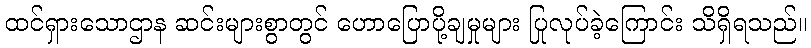
ထင်ရှားသောဌာန ဆင်းများစွာတွင် ဟောပြောပို့ချမှုများ ပြုလုပ်ခဲ့ကြောင်း သိရှိရသည်။